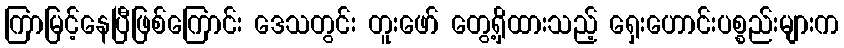
ကြာမြင့်နေပြီဖြစ်ကြောင်း ဒေသတွင်း တူးဖော် တွေ့ရှိထားသည့် ရှေးဟောင်းပစ္စည်းများက